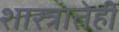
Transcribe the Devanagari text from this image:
शास्त्रातेही